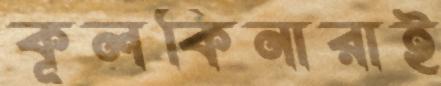
কূলকিনারাই